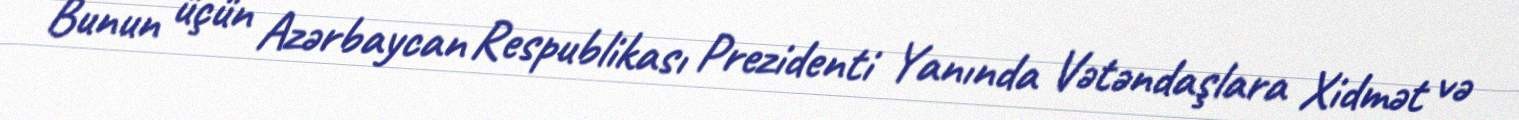
Bunun üçün Azərbaycan Respublikası Prezidenti Yanında Vətəndaşlara Xidmət və